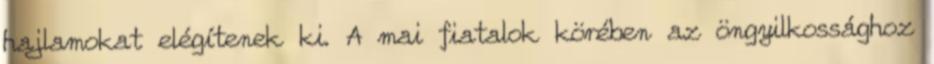
hajlamokat elégítenek ki. A mai fiatalok körében az öngyilkossághoz